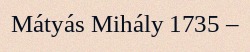
Mátyás Mihály 1735 –